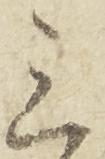
三